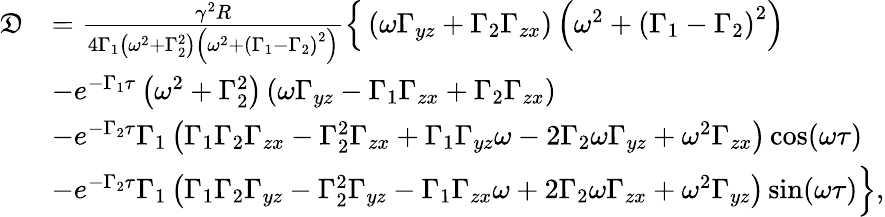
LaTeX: \begin{array}{rl}{\mathfrak{D}}&{=\frac{\gamma^{2}R}{4\Gamma_{1}\left(\omega^{2}+\Gamma_{2}^{2}\right)\left(\omega^{2}+\left(\Gamma_{1}-\Gamma_{2}\right)^{2}\right)}\left\{ \vphantom{\int_{0}^{0}}\left(\omega\Gamma_{yz}+\Gamma_{2}\Gamma_{zx}\right)\left(\omega^{2}+\left(\Gamma_{1}-\Gamma_{2}\right)^{2}\right)\right.}\\ &{-e^{-\Gamma_{1}\tau}\left(\omega^{2}+\Gamma_{2}^{2}\right)\left(\omega\Gamma_{yz}-\Gamma_{1}\Gamma_{zx}+\Gamma_{2}\Gamma_{zx}\right)}\\ &{-e^{-\Gamma_{2}\tau}\Gamma_{1}\left(\Gamma_{1}\Gamma_{2}\Gamma_{zx}-\Gamma_{2}^{2}\Gamma_{zx}+\Gamma_{1}\Gamma_{yz}\omega-2\Gamma_{2}\omega\Gamma_{yz}+\omega^{2}\Gamma_{zx}\right)\cos(\omega\tau)}\\ &{\left.-e^{-\Gamma_{2}\tau}\Gamma_{1}\left(\Gamma_{1}\Gamma_{2}\Gamma_{yz}-\Gamma_{2}^{2}\Gamma_{yz}-\Gamma_{1}\Gamma_{zx}\omega+2\Gamma_{2}\omega\Gamma_{zx}+\omega^{2}\Gamma_{yz}\right)\sin(\omega\tau)\vphantom{\int_{0}^{0}}\right\} ,}\end{array}